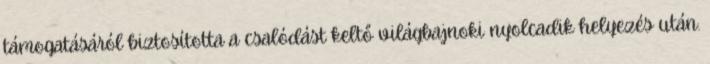
támogatásáról biztosította a csalódást keltő világbajnoki nyolcadik helyezés után.